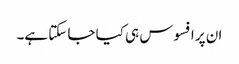
ان پر افسوس ہی کیا جا سکتا ہے۔